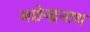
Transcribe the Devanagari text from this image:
मछेन्द्रनाथ